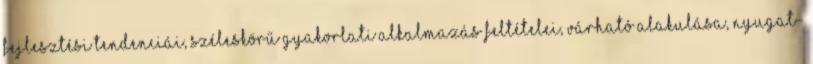
fejlesztési tendenciái, széleskörű gyakorlati alkalmazás feltételei, várható alakulása, nyugat-